Indian journal of veterinary science and animal husbandry - Volume 9,
Year: 1939
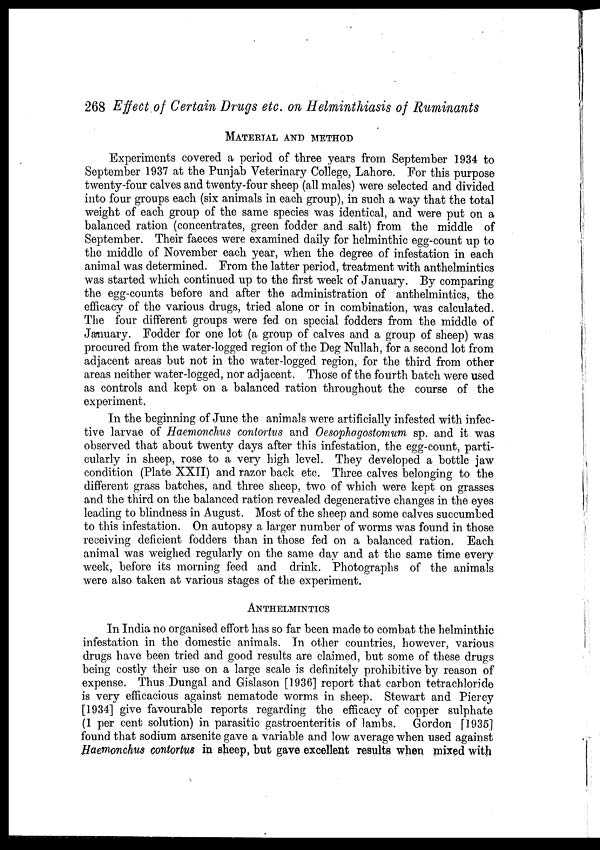
268 Effect of Certain Drugs etc. on Helminthiasis of Ruminants
MATERIAL AND METHOD
Experiments covered a period of three years from September 1934 to
September 1937 at the Punjab Veterinary College, Lahore. For this purpose
twenty-four calves and twenty-four sheep (all males) were selected and divided
into four groups each (six animals in each group), in such a way that the total
weight of each group of the same species was identical, and were put on a
balanced ration (concentrates, green fodder and salt) from the middle of
September. Their faeces were examined daily for helminthic egg-count up to
the middle of November each year, when the degree of infestation in each
animal was determined. From the latter period, treatment with anthelmintics
was started which continued up to the first week of January. By comparing
the egg-counts before and after the administration of anthelmintics, the
efficacy of the various drugs, tried alone or in combination, was calculated.
The four different groups were fed on special fodders from the middle of
January. Fodder for one lot (a group of calves and a group of sheep) was
procured from the water-logged region of the Deg Nullah, for a second lot from
adjacent areas but not in the water-logged region, for the third from other
areas neither water-logged, nor adjacent. Those of the fourth batch were used
as controls and kept on a balanced ration throughout the course of the
experiment.
In the beginning of June the animals were artificially infested with infec-
tive larvae of Haemonchus contortus and Oesophagostomum sp. and it was
observed that about twenty days after this infestation, the egg-count, parti-
cularly in sheep, rose to a very high level. They developed a bottle jaw
condition (Plate XXII) and razor back etc. Three calves belonging to the
different grass batches, and three sheep, two of which were kept on grasses
and the third on the balanced ration revealed degenerative changes in the eyes
leading to blindness in August. Most of the sheep and some calves succumbed
to this infestation. On autopsy a larger number of worms was found in those
receiving deficient fodders than in those fed on a balanced ration. Each
animal was weighed regularly on the same day and at the same time every
week, before its morning feed and drink. Photographs of the animals
were also taken at various stages of the experiment.
ANTHELMINTICS
In India no organised effort has so far been made to combat the helminthic
infestation in the domestic animals. In other countries, however, various
drugs have been tried and good results are claimed, but some of these drugs
being costly their use on a large scale is definitely prohibitive by reason of
expense. Thus Dungal and Gislason [1936] report that carbon tetrachloride
is very efficacious against nematode worms in sheep. Stewart and Piercy
[1934] give favourable reports regarding the efficacy of copper sulphate
(1 per cent solution) in parasitic gastroenteritis of lambs. Gordon [1935]
found that sodium arsenite gave a variable and low average when used against
Haemonchus contortus in sheep, but gave excellent results when mixed with